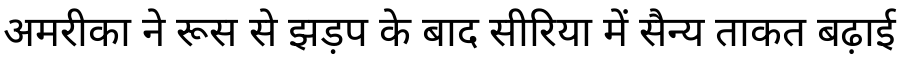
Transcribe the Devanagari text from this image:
अमरीका ने रूस से झड़प के बाद सीरिया में सैन्य ताकत बढ़ाई